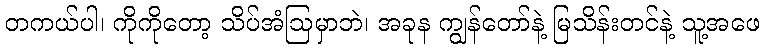
တကယ်ပါ၊ ကိုကိုတော့ သိပ်အံဩမှာဘဲ၊ အခုန ကျွန်တော်နဲ့ မြသိန်းတင်နဲ့ သူ့အဖေ